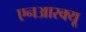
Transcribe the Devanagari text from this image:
एनआरक्यू